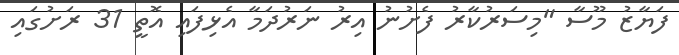
ފަޔާޒު މޫސާ "މިސަރުކާރު ފެށުނު އިރު ނަރުދަމާ އެޅިފައި އޮތީ 31 ރަށުގައި